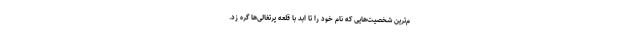
م‌ترین شخصیت‌هایی که نام خود را تا ابد با قلعه پرتغالی‌ها گره زد.